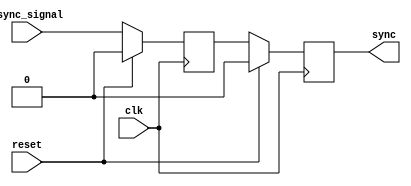
`timescale 1ns / 1ps
//////////////////////////////////////////////////////////////////////////////////
// Company: 
// Engineer: 
// 
// Design Name: 
// Module Name: synchronize_inputs
// Project Name: 
// Target Devices: 
// Tool Versions: 
// Description: 
// 
// Dependencies: 
// 
// Revision:
// Revision 0.01 - File Created
// Additional Comments:
// 
//////////////////////////////////////////////////////////////////////////////////


module synchronize_inputs(
    input clk,
    input reset,
    input async_signal,
    output sync
    );
    
    reg old_signal = 0;
    reg old_old_signal = 0;
    
    assign sync = old_old_signal;
    
    always@(posedge clk) begin
        if(reset) begin
            old_signal <= 0;
            old_old_signal <= 0;
        end
        else begin
            old_signal <= async_signal;
            old_old_signal <= old_signal;
        end
    end
endmodule